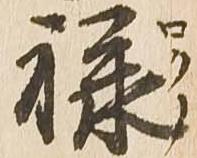
禄